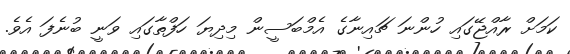
ކަމަށް ރާއްޖޭގައި ހުންނަ ޗައިނާގެ އެމްބަސީން މިދިޔަ ހަފްތާގައި ވަނީ ބުނެފަ އެވެ.